Report of the Hyderabad Chloroform Commission
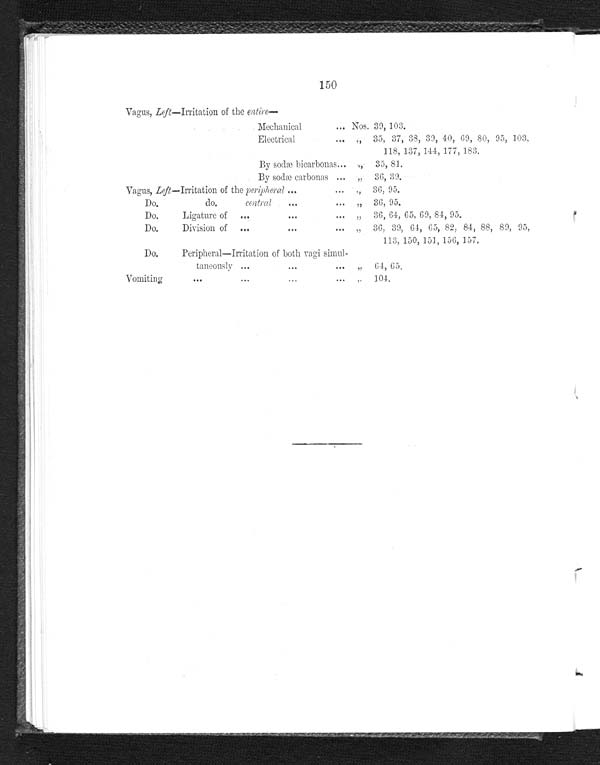
150
Vagus, Left—Irritation of the entire
—
Mechanical
... Nos. 39, 103.
Electrical
... „ 35, 37, 38, 39, 40, 69, 80, 95, 103,
118, 137, 144, 177, 183.
By sodæ bicarbonas... ,, 35, 81.
By sodæ carbonas ... „ 36, 39.
Vagus, Left—Irritation of the peripheral ...
... "
36, 95.
Do.
do.
central
...
... „ 36, 95.
Do.
Ligature of ...
...
...
" 36, 64, 65, 69, 84, 95.
Do.
Division of ...
...
...
" 36, 39, 64, 65, 82, 84, 88, 89, 95,
113, 150, 151, 156, 157.
Do.
Peripheral—Irritation of both vagi simul-
taneously ...
...
... „ 64, 65.
Vomiting
...
...
...
...
" 104.